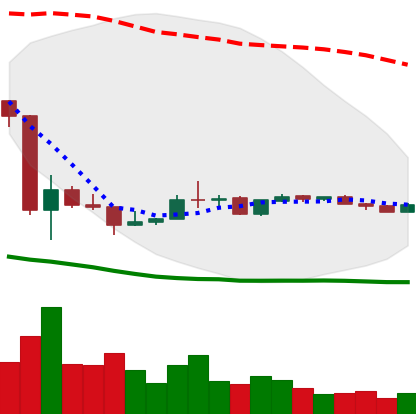
Ticker: LINK-USD
Chart end date: 2020-03-30
Forward return: 8.029%
Label: up_7plus